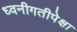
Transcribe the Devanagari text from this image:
ध्वनीगतीपेक्षा